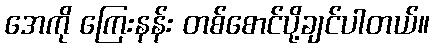
အေကို ကြေးနန်း တစ်စောင်ပို့ချင်ပါတယ်။